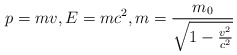
\begin{align*}p=mv, E=m c^{2}, m=\frac{m_{0}} {\sqrt{1-\frac{v^{2}} {c^{2}}}}\end{align*}